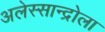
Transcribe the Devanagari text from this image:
अलेस्सान्द्रोला